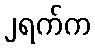
၂ရက်က